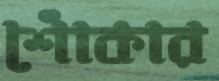
শোঁকার